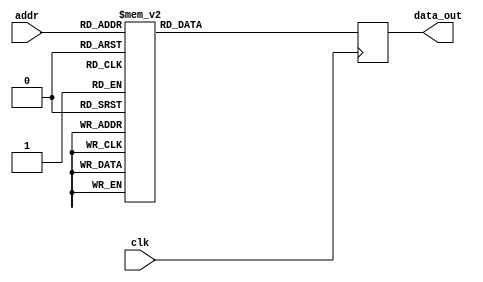
module FFT_twiddle_ROM_img_10 (
    input wire clk,
    input wire [4:0] addr,
    output reg [15:0] data_out
);

always @(posedge clk) begin
    case(addr)
5'b00000: data_out <= 16'h0000 ;
5'b00001: data_out <= 16'h0000 ;
5'b00010: data_out <= 16'h0000 ;
5'b00011: data_out <= 16'h0000 ;
5'b00100: data_out <= 16'h0000 ;
5'b00101: data_out <= 16'hFF00 ;
5'b00110: data_out <= 16'h0000 ;
5'b00111: data_out <= 16'hFF00 ;
5'b01000: data_out <= 16'h0000 ;
5'b01001: data_out <= 16'hFF4A ;
5'b01010: data_out <= 16'hFF00 ;
5'b01011: data_out <= 16'hFF4A ;
5'b01100: data_out <= 16'h0000 ;
5'b01101: data_out <= 16'hFF9E ;
5'b01110: data_out <= 16'hFF4A ;
5'b01111: data_out <= 16'hFF13 ;
5'b10000: data_out <= 16'hFF00 ;
5'b10001: data_out <= 16'hFF04 ;
5'b10010: data_out <= 16'hFF13 ;
5'b10011: data_out <= 16'hFF2B ;
5'b10100: data_out <= 16'hFF4A ;
5'b10101: data_out <= 16'hFF3A ;
5'b10110: data_out <= 16'hFF2B ;
5'b10111: data_out <= 16'hFF1E ;
5'b11000: data_out <= 16'hFF13 ;
5'b11001: data_out <= 16'hFF18 ;
5'b11010: data_out <= 16'hFF1E ;
5'b11011: data_out <= 16'hFF24 ;



        default: data_out <= 16'h00000;
    endcase
end

endmodule